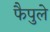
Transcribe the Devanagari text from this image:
फैपुले